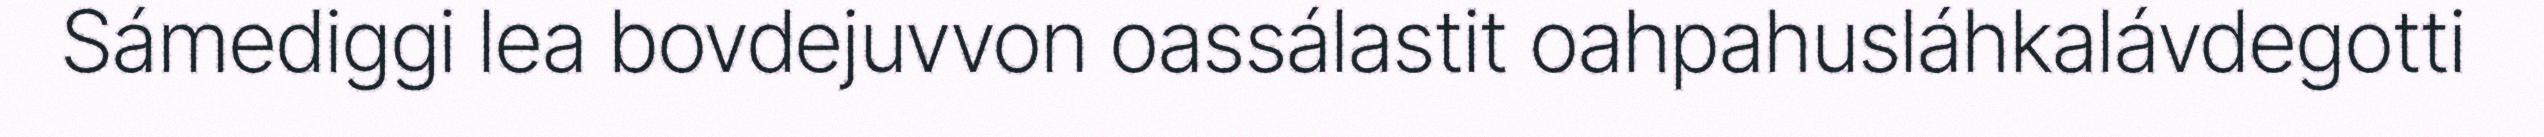
Sámediggi lea bovdejuvvon oassálastit oahpahusláhkalávdegotti